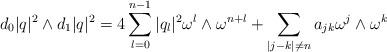
LaTeX: \begin{align*} d_0|q|^2\wedge d_1|q|^2=4 \sum_{l=0}^{n-1}|q_l|^2 \omega^l\wedge \omega^{n+l}+\sum_{|j-k|\not = n}a_{jk}\omega^j\wedge \omega^k \end{align*}